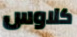
كلاوس